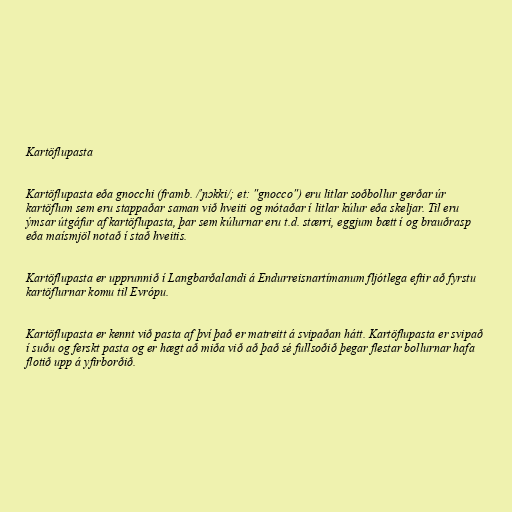
Kartöflupasta

Kartöflupasta eða gnocchi (framb. /'ɲɔkki/; et: "gnocco") eru litlar soðbollur gerðar úr
kartöflum sem eru stappaðar saman við hveiti og mótaðar í litlar kúlur eða skeljar. Til eru
ýmsar útgáfur af kartöflupasta, þar sem kúlurnar eru t.d. stærri, eggjum bætt í og brauðrasp
eða maísmjöl notað í stað hveitis.

Kartöflupasta er upprunnið í Langbarðalandi á Endurreisnartímanum fljótlega eftir að fyrstu
kartöflurnar komu til Evrópu.

Kartöflupasta er kennt við pasta af því það er matreitt á svipaðan hátt. Kartöflupasta er svipað
í suðu og ferskt pasta og er hægt að miða við að það sé fullsoðið þegar flestar bollurnar hafa
flotið upp á yfirborðið.